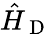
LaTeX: \hat{H}_{\mathrm{~D~}}